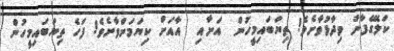
ކަލޭގެފާނު ވިދާޅުވާށެވެ! ތިޔަބައިމީހުން  އަށާއި  އާއަށް ކިޔަމަންވާށެވެ! ފަހެ ތިޔަބައިމީހުން